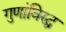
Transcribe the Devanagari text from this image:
गुणांविरुद्ध